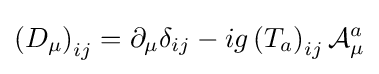
\left(D_{\mu }\right)_{ij}=\partial _{\mu }\delta _{ij}-ig\left(T_{a}\right)_{ij}{\mathcal {A}}_{\mu }^{a}